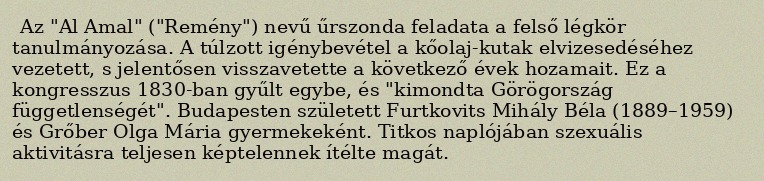
Az "Al Amal" ("Remény") nevű űrszonda feladata a felső légkör tanulmányozása. A túlzott igénybevétel a kőolaj-kutak elvizesedéséhez vezetett, s jelentősen visszavetette a következő évek hozamait. Ez a kongresszus 1830-ban gyűlt egybe, és "kimondta Görögország függetlenségét". Budapesten született Furtkovits Mihály Béla (1889–1959) és Grőber Olga Mária gyermekeként. Titkos naplójában szexuális aktivitásra teljesen képtelennek ítélte magát.